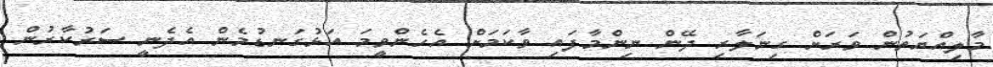
މާލިއްޔަތުން ވަރަށް ގިނަލާރި ދޭން ނިންމާފައި ވާކަމަށް އެހެންވީމަ އަޅުގަނޑުމެން އެދެނީ ސަރުކާރުން